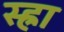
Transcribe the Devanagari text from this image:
स्ह्रा